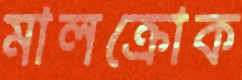
মালক্রোক